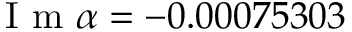
\mathrm { ~ I ~ m ~ } \alpha = - 0 . 0 0 0 7 5 3 0 3